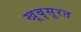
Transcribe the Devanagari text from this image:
खूबृसूरत